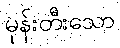
မုန်းတီးသော